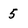
Character: 5